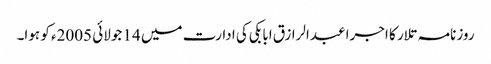
روزنامہ تلار کا اجرا عبدالرازق ابابکی کی ادارت میں 14 جولائی 2005ء کو ہوا۔